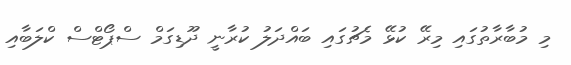
މި މުބާރާތުގައި މިރޭ ކުޅޭ މެޗުގައި ބައްދަލު ކުރާނީ ދޫޑިގަމް ސްޕޯޓްސް ކްލަބާއި